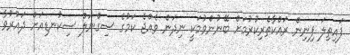
ފައިތިލަ ފިނިން ރައްކާތެރިކުރުމަށް ބޭނުންވުމަކީ ނިދަން ވެއްޖެ ކަމުގެ ސިގްނަލް ސިކުނޑިއަށް ދައުރުވާ